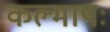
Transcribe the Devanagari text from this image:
कल्माषः